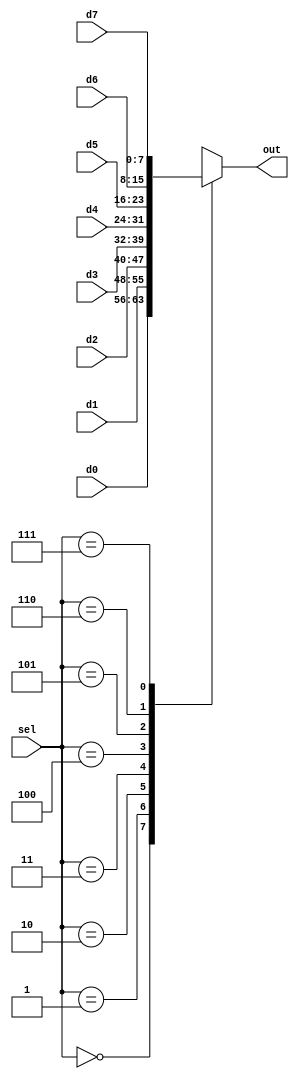
`timescale 1ns / 1ps
//////////////////////////////////////////////////////////////////////////////////
// Company: 
// Engineer: 
// 
// Design Name: 
// Module Name: MUX
// Project Name: 
// Target Devices: 
// Tool Versions: 
// Description: 
// 
// Dependencies: 
// 
// Revision:
// Revision 0.01 - File Created
// Additional Comments:
// 
//////////////////////////////////////////////////////////////////////////////////


module MUX(d0,d1,d2,d3,d4,d5,d6,d7,sel,out);
 
     input [7:0] d0,d1,d2,d3,d4,d5,d6,d7;
     input [2:0] sel;
     output reg [7:0] out;
 
     always @* begin
         case(sel)
             3'b000: out = d0;
             3'b001: out = d1;
             3'b010: out = d2;   
             3'b011: out = d3;
             3'b100: out = d4;
             3'b101: out = d5;
             3'b110: out = d6;
             3'b111: out = d7;
         endcase
     end
 
 endmodule